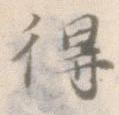
得